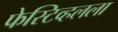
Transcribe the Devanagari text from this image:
फेस्टिव्हलला